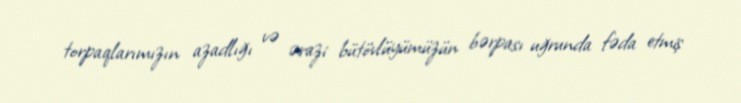
torpaqlarımızın azadlığı və ərazi bütövlüyümüzün bərpası uğrunda fəda etmiş